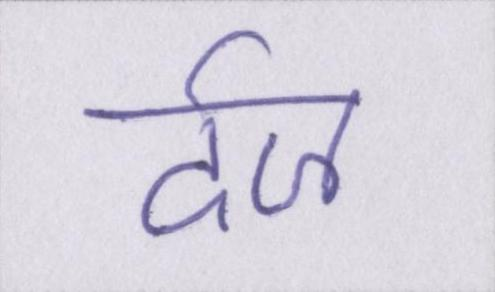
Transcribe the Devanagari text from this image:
र्दज